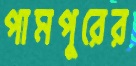
পামপুরের